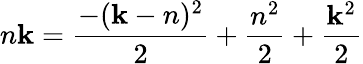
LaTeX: n\mathbf{k}={\frac{{-(\mathbf{k}-n)^{2}}}{{2}}}+{\frac{{n^{2}}}{{2}}}+{\frac{{\mathbf{k}^{2}}}{{2}}}